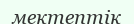
мектептік